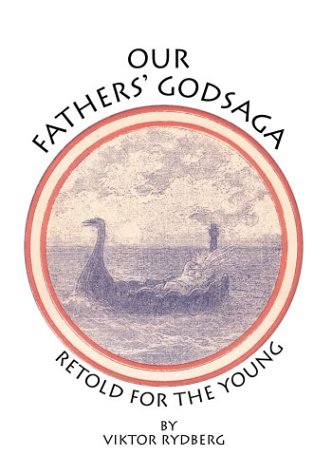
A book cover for Our Fathers' Godsaga: Retold for the Young; Viktor Rydberg; Children's Books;